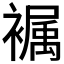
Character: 𧜭